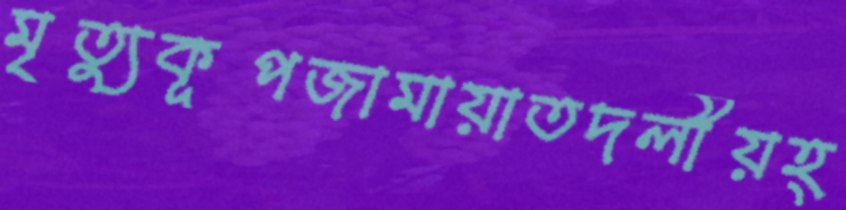
মৃত্যুকূপজামায়াতদলীয়হ্